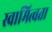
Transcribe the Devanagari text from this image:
स्वामित्वता